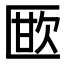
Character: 𭅜